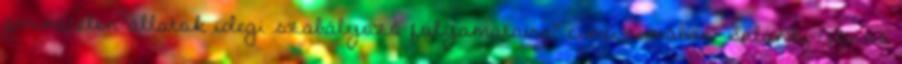
gerinctelen állatok idegi szabályozó folyamataira” című témában Salánki János